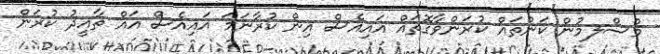
މުސްލމުން ކަންތައް ކުރަންވާގޮތައް އައިއެސް އިން ކުރާނަމަ އައިއެސް އައް ތާއީދު ކުރަން